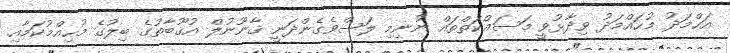
އަޙްމަދު މުޙައްމަދު ވިދާޅުވީ މަސައްކަތްތައް ނުނިމި ލަސްވެގެންދަނީ ޤާނޫނުލް އުޤޫބާތުގެ ބިލުގެ މުހިއްމުކަމާއި